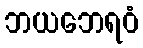
ဘယဘေရဝံ